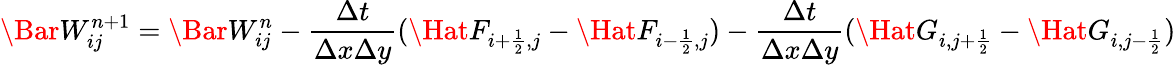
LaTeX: \Bar W_{ij}^{n+1}=\Bar W_{ij}^{n}-\frac{\Delta t}{\Delta x\Delta y}(\Hat F_{i+\frac{1}{2},j}-\Hat F_{i-\frac{1}{2},j})-\frac{\Delta t}{\Delta x\Delta y}(\Hat G_{i,j+\frac{1}{2}}-\Hat G_{i,j-\frac{1}{2}})